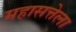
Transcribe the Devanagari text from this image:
महासत्तेला